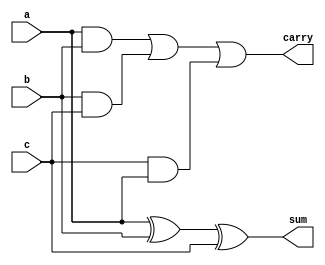
/********************************************************************************************

Copyright 2018-2019 - Maven Silicon Softech Pvt Ltd. All Rights Reserved.

This source code is an unpublished work belongs to Maven Silicon Softech Pvt Ltd.
It is considered a trade secret and is not to be divulged or used by parties who 
have not received written authorization from Maven Silicon Softech Pvt Ltd.

Maven Silicon Softech Pvt Ltd
Bangalore - 560076

Webpage: www.maven-silicon.com

Filename:	full_adder.v   

Description:	One bit Full adder design 

Date:		01/05/2018

Author:		Maven Silicon

Email:		online@maven-silicon.com
			 

Version:	1.0

*********************************************************************************************/

module full_adder(a,
                  b,
                  c,
                  sum,
                  carry);

  // Step 1. Write down the directions for the ports	     

input a,b,c;
output sum, carry;

assign sum = a ^ b ^ c;
assign carry = a & b | b & c | c & a;
  // Step 2. Declare the internal wires    


  // Step 3. Instantiate two Half-Adders


  // Step 4. Instantiate the OR gate


endmodule